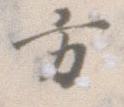
方